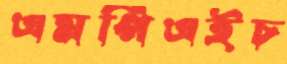
এমপিএইচ